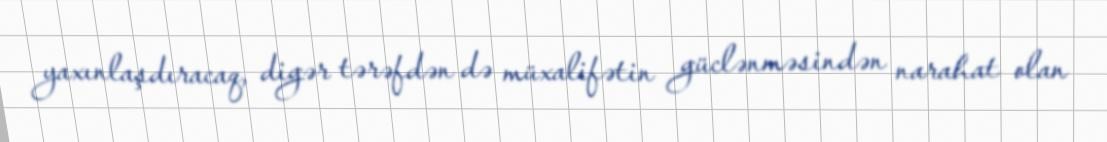
yaxınlaşdıracaq, digər tərəfdən də müxalifətin güclənməsindən narahat olan